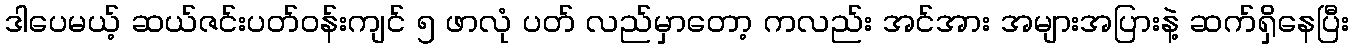
ဒါပေမယ့် ဆယ်ဇင်းပတ်ဝန်းကျင် ၅ ဖာလုံ ပတ် လည်မှာတော့ ကလည်း အင်အား အများအပြားနဲ့ ဆက်ရှိနေပြီး